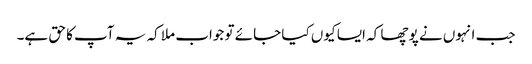
جب انہوں نے پوچھا کہ ایسا کیوں کیا جائے تو جواب ملا کہ یہ آپ کا حق ہے۔